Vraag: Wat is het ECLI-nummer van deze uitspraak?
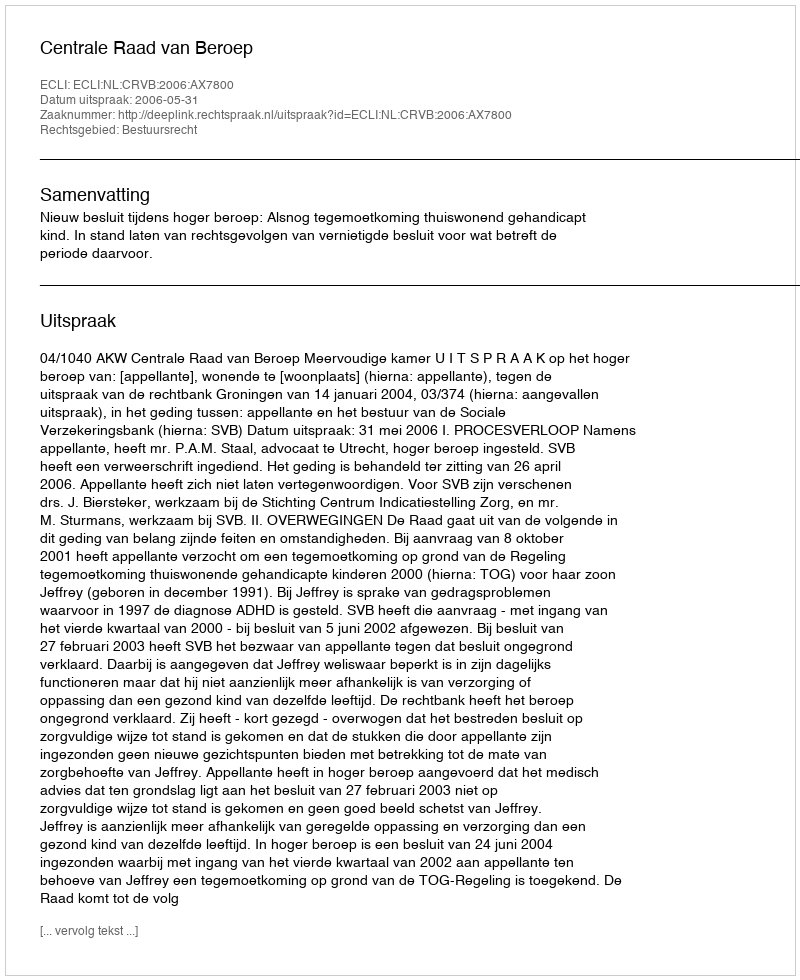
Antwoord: ECLI:NL:CRVB:2006:AX7800